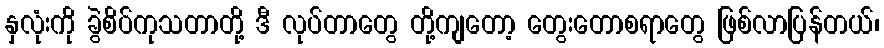
နှလုံးကို ခွဲစိပ်ကုသတာတို့ ဒီ လုပ်တာတွေ တို့ကျတော့ တွေးတောစရာတွေ ဖြစ်လာပြန်တယ်၊